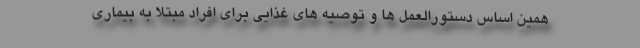
همین اساس دستورالعمل ها و توصیه های غذایی برای افراد مبتلا به بیماری